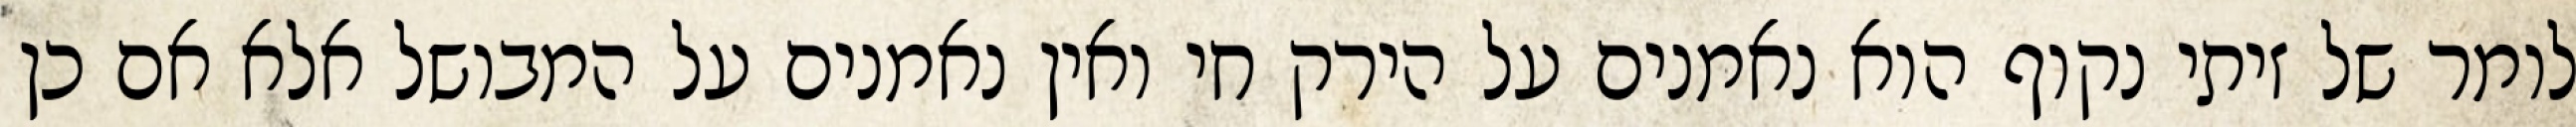
לומר של זיתי נקוף הוא נאמנים על הירק חי ואין נאמנים על המבושל אלא אם כן